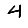
Digit: 4